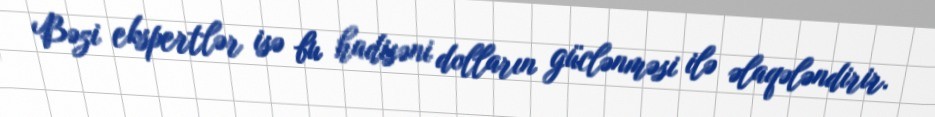
Bəzi ekspertlər isə bu hadisəni dolların güclənməsi ilə əlaqələndirir.